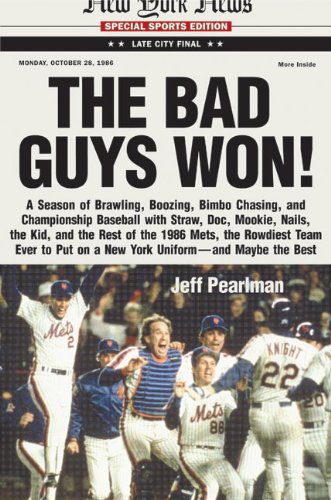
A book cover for The Bad Guys Won! A Season of Brawling, Boozing, Bimbo-chasing, and Championship Baseball with Straw, Doc, Mookie, Nails, The Kid, and the Rest of the 1986 Mets, the Rowdiest Team Ever to Put on a New York Uniform--and Maybe the Best; Jeff Pearlman; Sports & Outdoors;